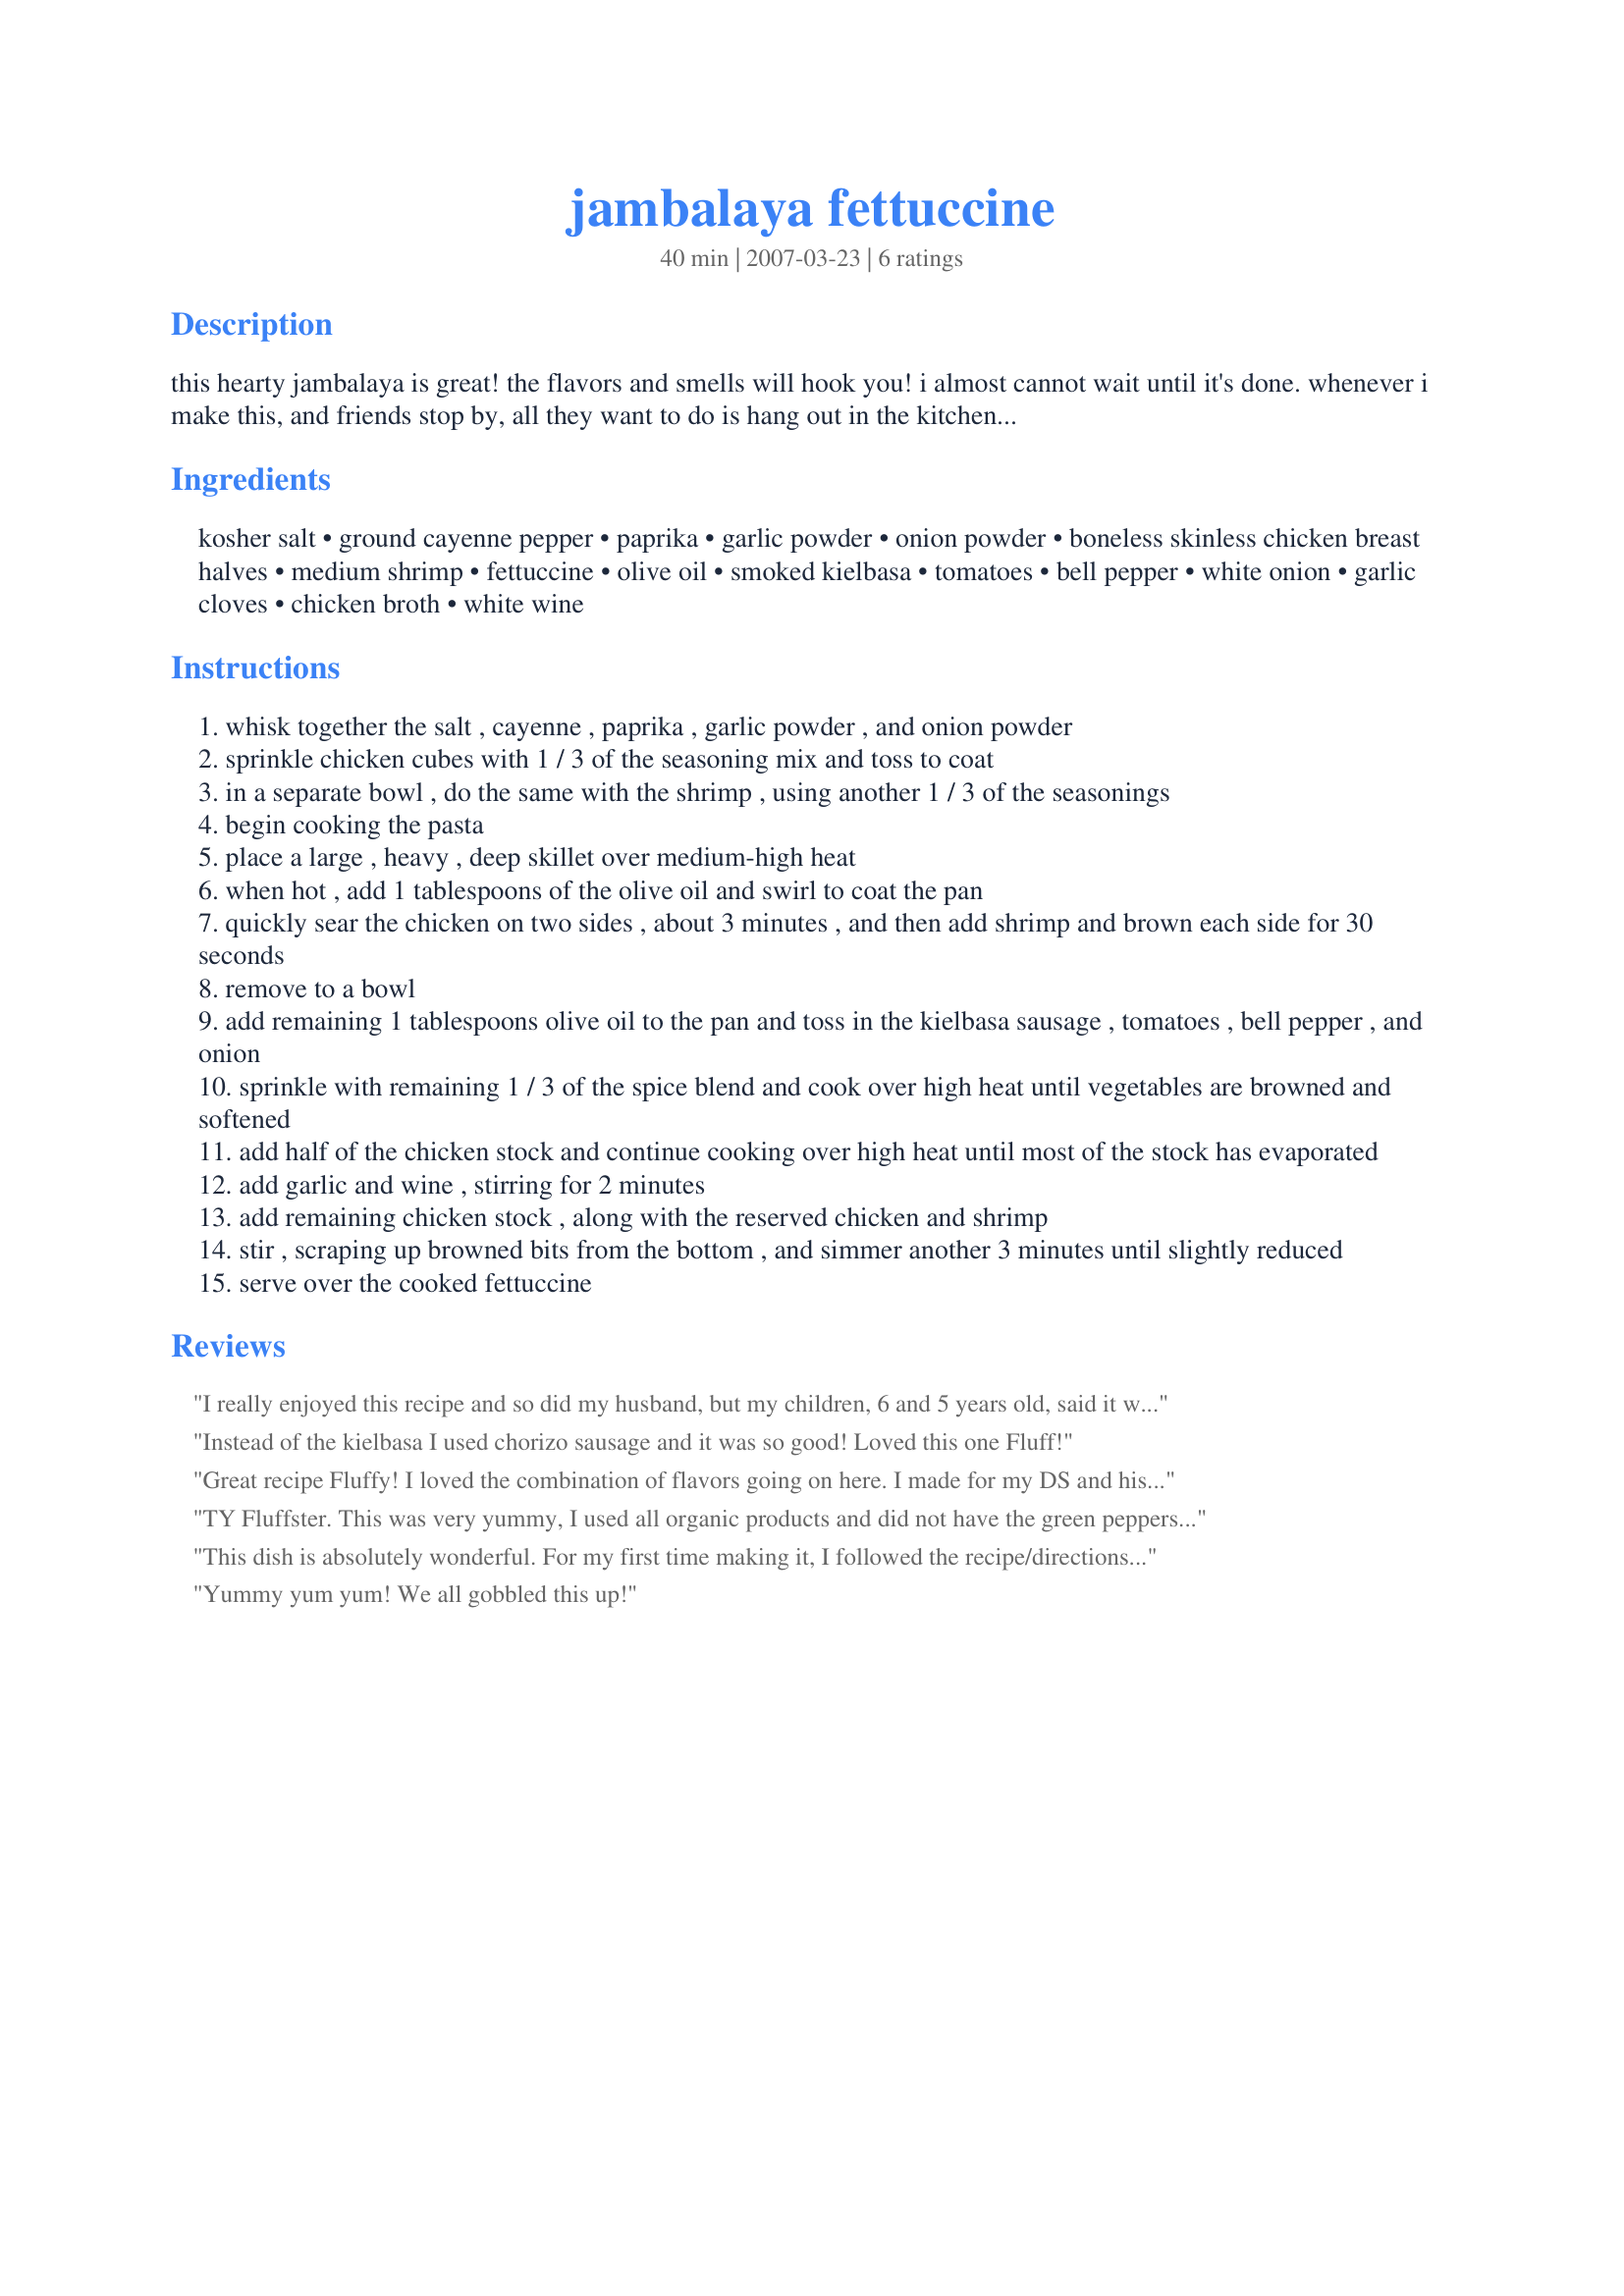
jambalaya fettuccine
Preparation time: 40 minutes

this hearty jambalaya is great! the flavors and smells will hook you! i almost cannot wait until it's done. whenever i make this, and friends stop by, all they want to do is hang out in the kitchen, and ask if they can try it! give it a try. fettuccine is introduced into the recipe to give it new dimensions.

Ingredients:
kosher salt, ground cayenne pepper, paprika, garlic powder, onion powder, boneless skinless chicken breast halves, medium shrimp, fettuccine, olive oil, smoked kielbasa, tomatoes, bell pepper, white onion, garlic cloves, chicken broth, white wine

Steps:
whisk together the salt , cayenne , paprika , garlic powder , and onion powder
sprinkle chicken cubes with 1 / 3 of the seasoning mix and toss to coat
in a separate bowl , do the same with the shrimp , using another 1 / 3 of the seasonings
begin cooking the pasta
place a large , heavy , deep skillet over medium-high heat
when hot , add 1 tablespoons of the olive oil and swirl to coat the pan
quickly sear the chicken on two sides , about 3 minutes , and then add shrimp and brown each side for 30 seconds
remove to a bowl
add remaining 1 tablespoons olive oil to the pan and toss in the kielbasa sausage , tomatoes , bell pepper , and onion
sprinkle with remaining 1 / 3 of the spice blend and cook over high heat until vegetables are browned and softened
add half of the chicken stock and continue cooking over high heat until most of the stock has evaporated
add garlic and wine , stirring for 2 minutes
add remaining chicken stock , along with the reserved chicken and shrimp
stir , scraping up browned bits from the bottom , and simmer another 3 minutes until slightly reduced
serve over the cooked fettuccine

Reviews:
I really enjoyed this recipe and so did my husband, but my children, 6 and 5 years old, said it was too spicy. Argh! Yet another recipe I love that they won't eat! I will definitely make this again but will eliminate the cayenne from the recipe to appease the masses, even though I know it will compromise on the taste.
Thanks for the great recipe!
Instead of the kielbasa I used chorizo sausage and it was so good! Loved this one Fluff!
Great recipe Fluffy! I loved the combination of flavors going on here. I made for my DS and his friend who was staying over and they dived into it like 2 starving banchees! It was great. Thanks much! Wendy
TY Fluffster. This was very yummy, I used all organic products and did not have the green peppers so I omitted that. I also only had duram penne pasta, but it worked!Oh yeah used turkey pancetta in lieu of kielbasa. YUMMY!!! Will def make again :)
This dish is absolutely wonderful. For my first time making it, I followed the recipe/directions to a "T". I was so excited because I actually had all ingredients on hand! The directions were concise and easy to follow. The ingredient list looks long but really wasn't a lot of trouble to put together. Cooking time was right on. I will have to say, I am amazed at what the addition of the wine did for the sauce - it took it to a whole different level. Don't skip it if you can help it at all! For more grown up tastes you could make it spicier but this was perfect for us and our company - between our two families there are 4 kids who all ate this very well since its not too spicy. We will definitely make this again. Thank you Fluffster - this is a great recipe. Next time I may try it over rice.
Yummy yum yum! We all gobbled this up!
